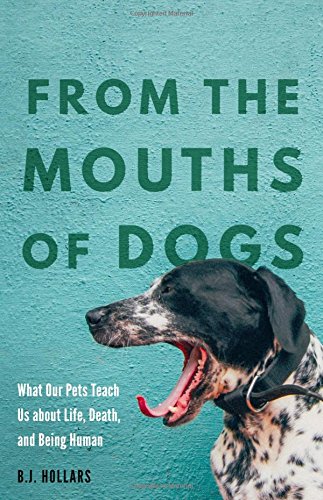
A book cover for From the Mouths of Dogs: What Our Pets Teach Us about Life, Death, and Being Human; B.J. Hollars; Self-Help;